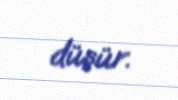
düşür.